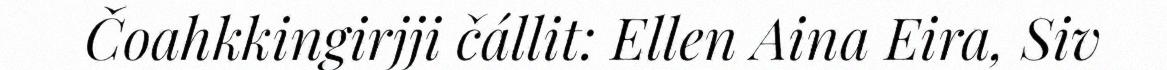
Čoahkkingirjji čállit: Ellen Aina Eira, Siv